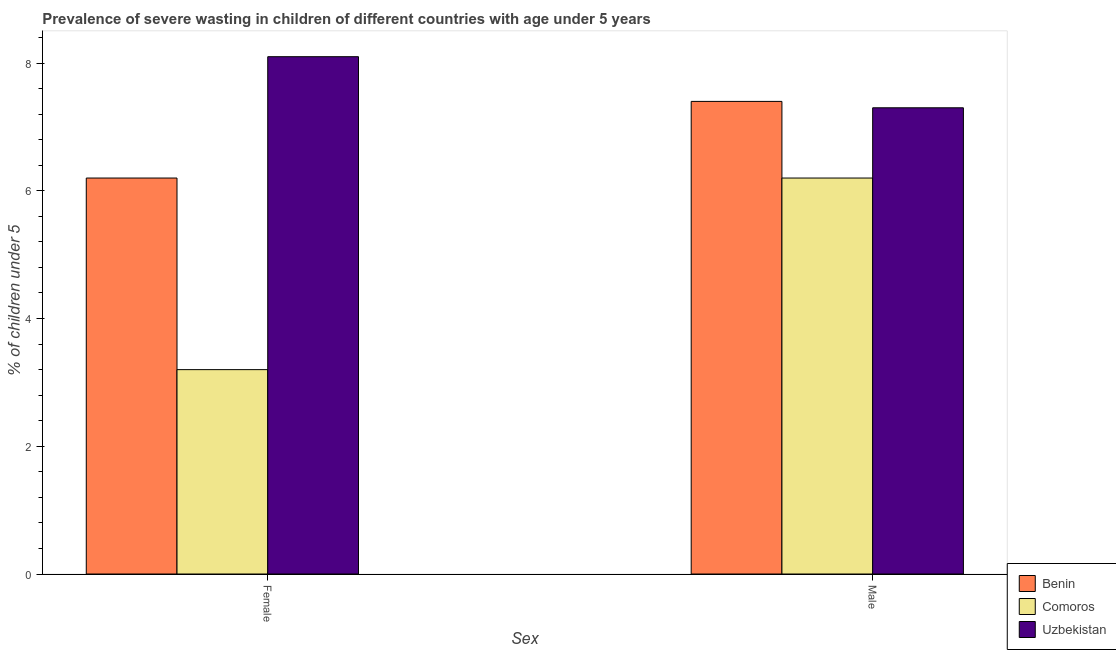
| Sex | Benin | Comoros | Uzbekistan |
 | --- | --- | --- | --- |
 | Female | 6.2 | 3.2 | 8.1 |
 | Male | 7.4 | 6.2 | 7.3 |